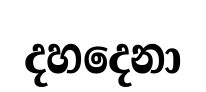
දහදෙනා